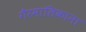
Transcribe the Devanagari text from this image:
गैरमालिकाना